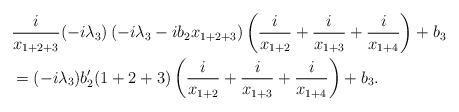
LaTeX: \begin{align*} & \frac{i}{x_{1+2+3}}(-i\lambda_3) \left( -i \lambda_3 -ib_2 x_{1+2+3} \right) \left( \frac{i}{x_{1+2}} + \frac{i}{x_{1+3}} + \frac{i}{x_{1+4}} \right) +b_3 \\&= (-i \lambda_3) b'_2 (1+2+3)\left( \frac{i}{x_{1+2}} + \frac{i}{x_{1+3}} + \frac{i}{x_{1+4}} \right) +b_3 .\end{align*}